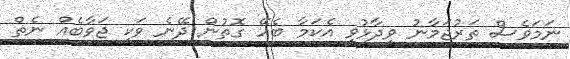
ނަމަވެސް ތަރުޖަމާނު ވިދާޅުވީ އެކަމާ ބެހޭ ގޮތުން ދޭނެ ވަކި ޖަވާބެއް ނެތް